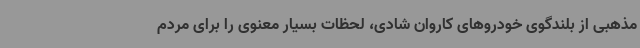
مذهبی از بلندگوی خودروهای کاروان شادی، لحظات بسیار معنوی را برای مردم